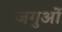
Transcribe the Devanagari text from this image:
जगुओं